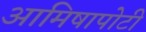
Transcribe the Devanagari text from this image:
आमिषापोटी